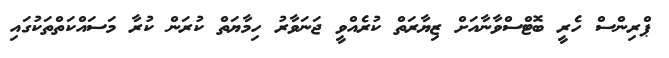
ޕްރިންސް ހެރީ ބޮޓްސްވާނާއަށް ޒިޔާރަތް ކުރެއްވީ ޖަނަވާރު ހިމާޔަތް ކުރަން ކުރާ މަސައްކަތްތަކުގައި